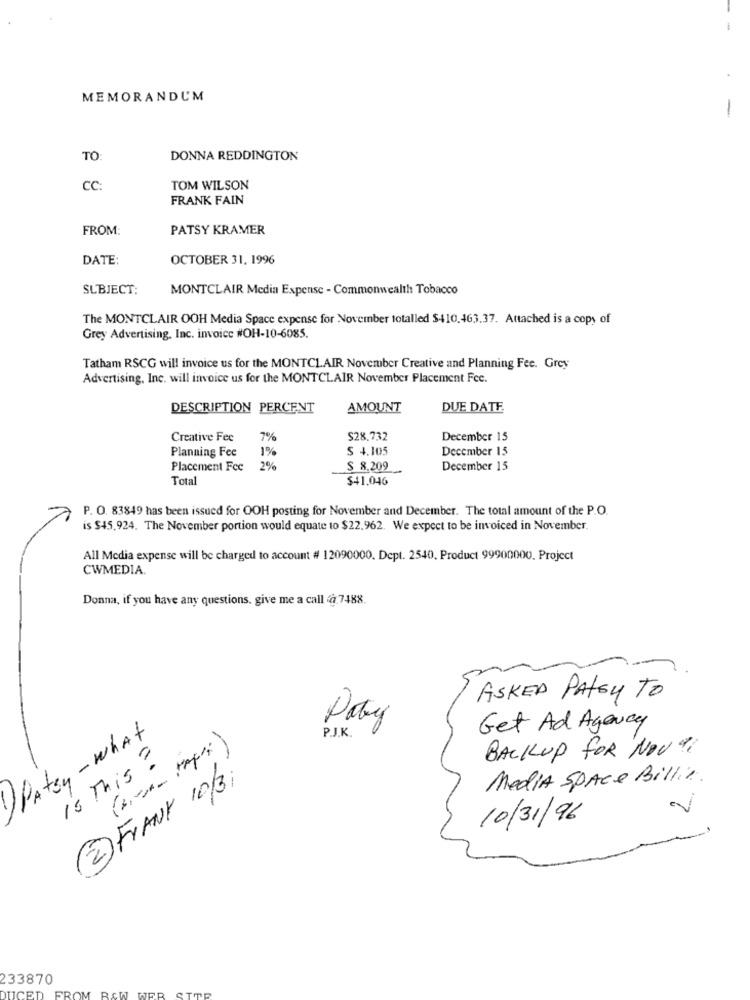
-
MEMORANDUM
-
TO
DONNA REDDINGTON
CC:
TOM WILSON
FRANK FAIN
FROM:
PATSY KRAMER
DATE:
OCTOBER 31, 1996
SUBJECT:
MONTCLAIR Media Expense - Commonwealth Tobacco
The MONTCLAIR OOH Media Space expense for November totalled $410.463.37. Attached is a copy of
Grey Advertising, Inc. invoice #OH-10-6085.
Tatham RSCG will invoice us for the MONTCLAIR November Creative and Planning Fee. Grey
Advertising, Inc. will invoice us for the MONTCLAIR November Placement Fee.
DESCRIPTION PERCENT
AMOUNT
DUE DATE
Creative Fee
7%
$28.732
December 15
Planning Fee
S 4,105
December 15
1%
Placement Fee
2%
$ 8.209
December 15
Total
$41,046
P. O. 83849 has been issued for OOH posting for November and December. The total amount of the P.O.
is $45,924. The November portion would equate to $22.962. We expect to be invoiced in November.
All Media expense will be charged to account # 12090000. Dept. 2540, Product 99900000. Project
CWMEDIA.
Donna, if you have any questions. give me a call @ 7488.
ASKED PATSY TO
Poty
Get Ad Agency
Patsy -what
P.J.K.
BACKUP FOR NOV 11
is This ?
2FRANK 10/31
Media Space Billie.
10/31/96
233870
RCW
ER
UCED
FROM